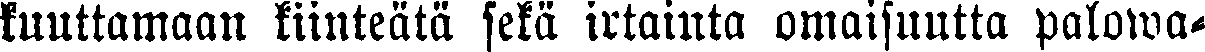
kuuttamaan kiinteätä sekä irtainta omaisuutta palowa-